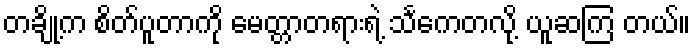
တချို့က စိတ်ပူတာကို မေတ္တာတရားရဲ့ သင်္ကေတလို့ ယူဆကြ တယ်။